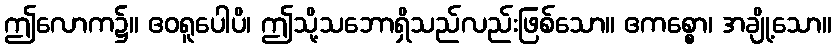
ဤလောက၌။ ဧဝရူပေါပိ၊ ဤသို့သဘောရှိသည်လည်းဖြစ်သော။ ဧကစ္စော၊ အချို့သော။